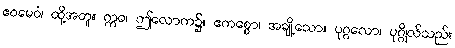
ဧဝမေဝံ၊ ထို့အတူ။ ဣဓ၊ ဤလောက၌။ ဧကစ္စော၊ အချို့သော။ ပုဂ္ဂလော၊ ပုဂ္ဂိုလ်သည်။